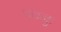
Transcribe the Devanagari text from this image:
पवनुः